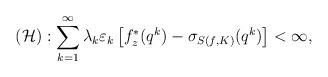
LaTeX: \begin{align*}(\mathcal{H}): \sum_{k=1}^{\infty} \lambda_k\varepsilon_k\left[ f_z^{\ast}(q^k)-\sigma _{S(f,K)}(q^k)\right]< \infty,\end{align*}